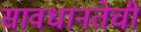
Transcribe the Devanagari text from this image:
सावधानतेची